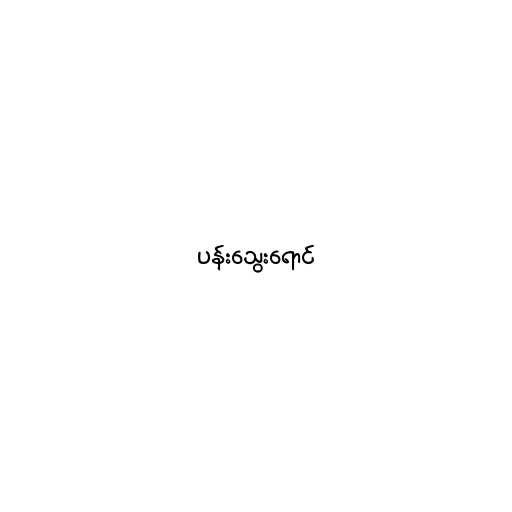
ပန်းသွေးရောင်